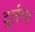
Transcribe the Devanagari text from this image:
दुर्लभा